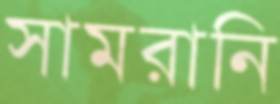
সামরানি